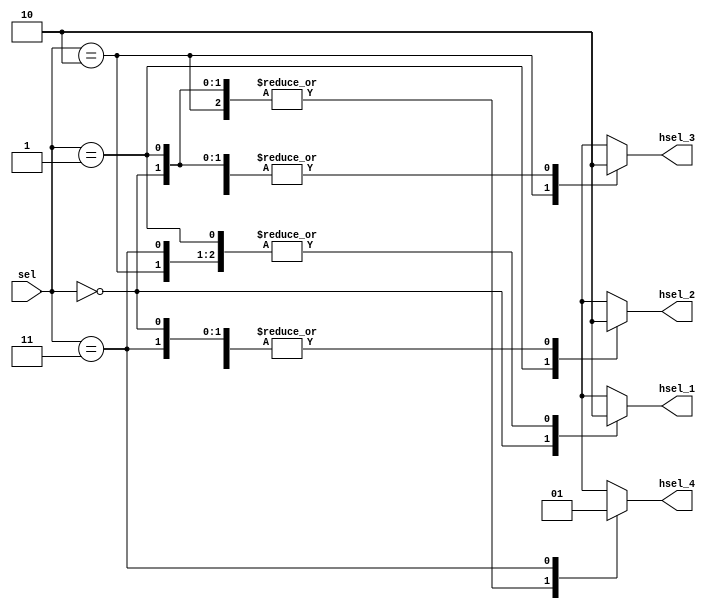
`timescale 1ns / 1ps


module Decoder(
    sel,
    hsel_1,
    hsel_2,
    hsel_3,
    hsel_4
    
);
    
    input [1 : 0] sel;
    output reg hsel_1;
    output reg hsel_2;
    output reg hsel_3;
    output reg hsel_4;
    
    always@(*)
    begin
    
        case(sel)
        
            2'b00: begin
            
                hsel_1 = 1;
                hsel_2 = 0;
                hsel_3 = 0;
                hsel_4 = 0;
            
            end
            
            2'b01: begin
            
                hsel_1 = 0;
                hsel_2 = 1;
                hsel_3 = 0;
                hsel_4 = 0;
            
            end
            
            2'b10: begin
            
                hsel_1 = 0;
                hsel_2 = 0;
                hsel_3 = 1;
                hsel_4 = 0;
            
            end
            
            2'b11: begin
            
                hsel_1 = 0;
                hsel_2 = 0;
                hsel_3 = 0;
                hsel_4 = 1;
            
            end
            
            default: begin
            
                hsel_1 = 0;
                hsel_2 = 0;
                hsel_3 = 0;
                hsel_4 = 0;
            
            end
        
        endcase
    
    end
    
    
endmodule